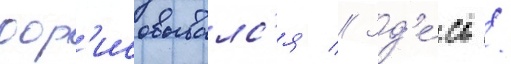
дор'исовывалс'я // Зд'е́сь /